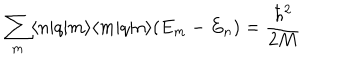
\sum _ { m } \langle n | q | m \rangle \langle m | q | n \rangle ( E _ { m } - E _ { n } ) = \frac { \hbar ^ { 2 } } { 2 M }